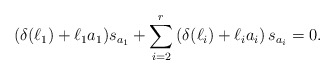
\begin{align*}(\delta(\ell_1)+\ell_1a_1)s_{a_1}+\sum_{i=2}^{r}\left(\delta(\ell_i)+\ell_ia_i\right)s_{a_i}=0.\end{align*}